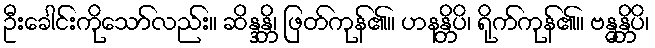
ဦးခေါင်းကိုသော်လည်း။ ဆိန္ဒန္တိ၊ ဖြတ်ကုန်၏။ ဟနန္တိပိ၊ ရိုက်ကုန်၏။ ဗန္ဓန္တိပိ၊